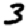
Digit: 3